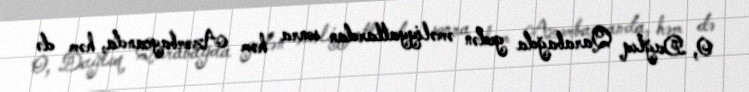
O, Dağlıq Qarabağda gedən əməliyyatlardan sonra həm Azərbaycanda, həm də